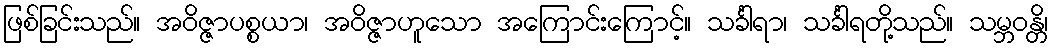
ဖြစ်ခြင်းသည်။ အဝိဇ္ဇာပစ္စယာ၊ အဝိဇ္ဇာဟူသော အကြောင်းကြောင့်။ သင်္ခါရာ၊ သင်္ခါရတို့သည်။ သမ္ဘဝန္တိ၊